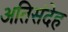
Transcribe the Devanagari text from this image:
अतिसंदेह